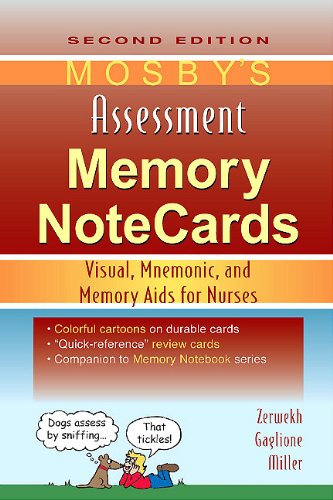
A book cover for Mosby's Assessment Memory NoteCards: Visual, Mnemonic, and Memory Aids for Nurses, 2e; JoAnn Zerwekh MSN  EdD  RN; Medical Books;